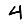
Digit: 4